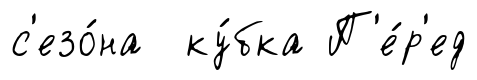
с'езо́на ку́бка П'е́р'ед